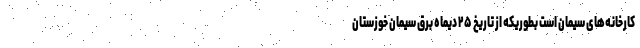
کارخانه‌های سیمان است بطوریکه از تاریخ ۲۵ دیماه برق سیمان خوزستان